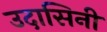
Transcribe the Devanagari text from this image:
उदासिनी